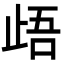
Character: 𭭢